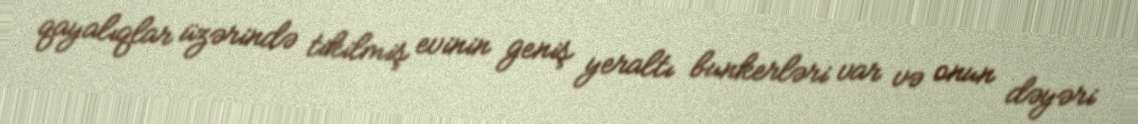
qayalıqlar üzərində tikilmiş evinin geniş yeraltı bunkerləri var və onun dəyəri